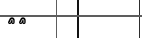
٧٧